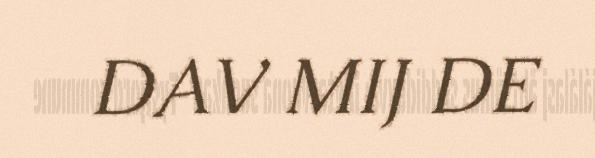
DAV MIJ DE